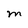
Character: M